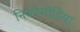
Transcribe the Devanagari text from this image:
निकोमीडिया